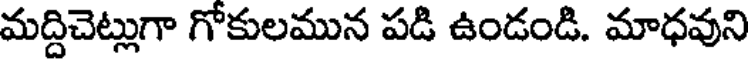
మద్దిచెట్లుగా గోకులమున పడి ఉండండి. మాధవుని